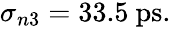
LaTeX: \begin{array}{r}{\sigma_{n3}=33.5~\mathrm{ps}.}\end{array}